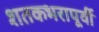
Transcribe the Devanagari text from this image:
शतकभरापूर्वी